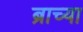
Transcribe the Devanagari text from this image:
ब्राच्या